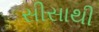
સીસાથી